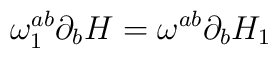
\omega_1^{ab}\partial_b H = \omega^{ab}\partial_b H_1